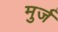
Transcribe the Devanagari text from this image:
मुर्ज